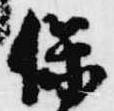
保